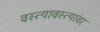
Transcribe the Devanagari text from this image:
वस्त्यावस्त्यांवर